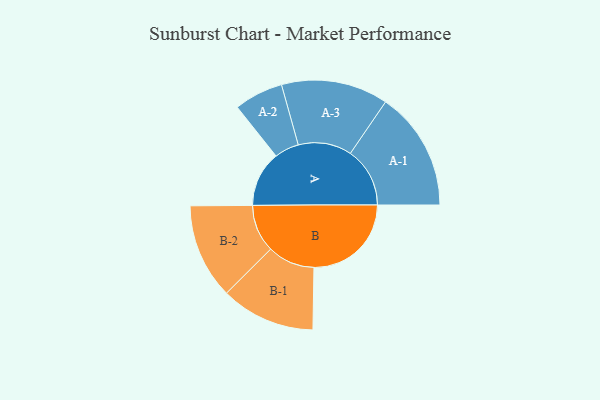
{"axis": {"x": "Segment", "y": "Value"}, "legend": ["", "A", "B"], "data": [{"x": "A", "y": 276, "type": ""}, {"x": "B", "y": 484, "type": ""}, {"x": "A-1", "y": 296, "type": "A"}, {"x": "A-2", "y": 122, "type": "A"}, {"x": "A-3", "y": 266, "type": "A"}, {"x": "B-1", "y": 235, "type": "B"}, {"x": "B-2", "y": 237, "type": "B"}]}